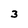
Character: 3